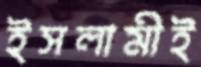
ইসলামীই